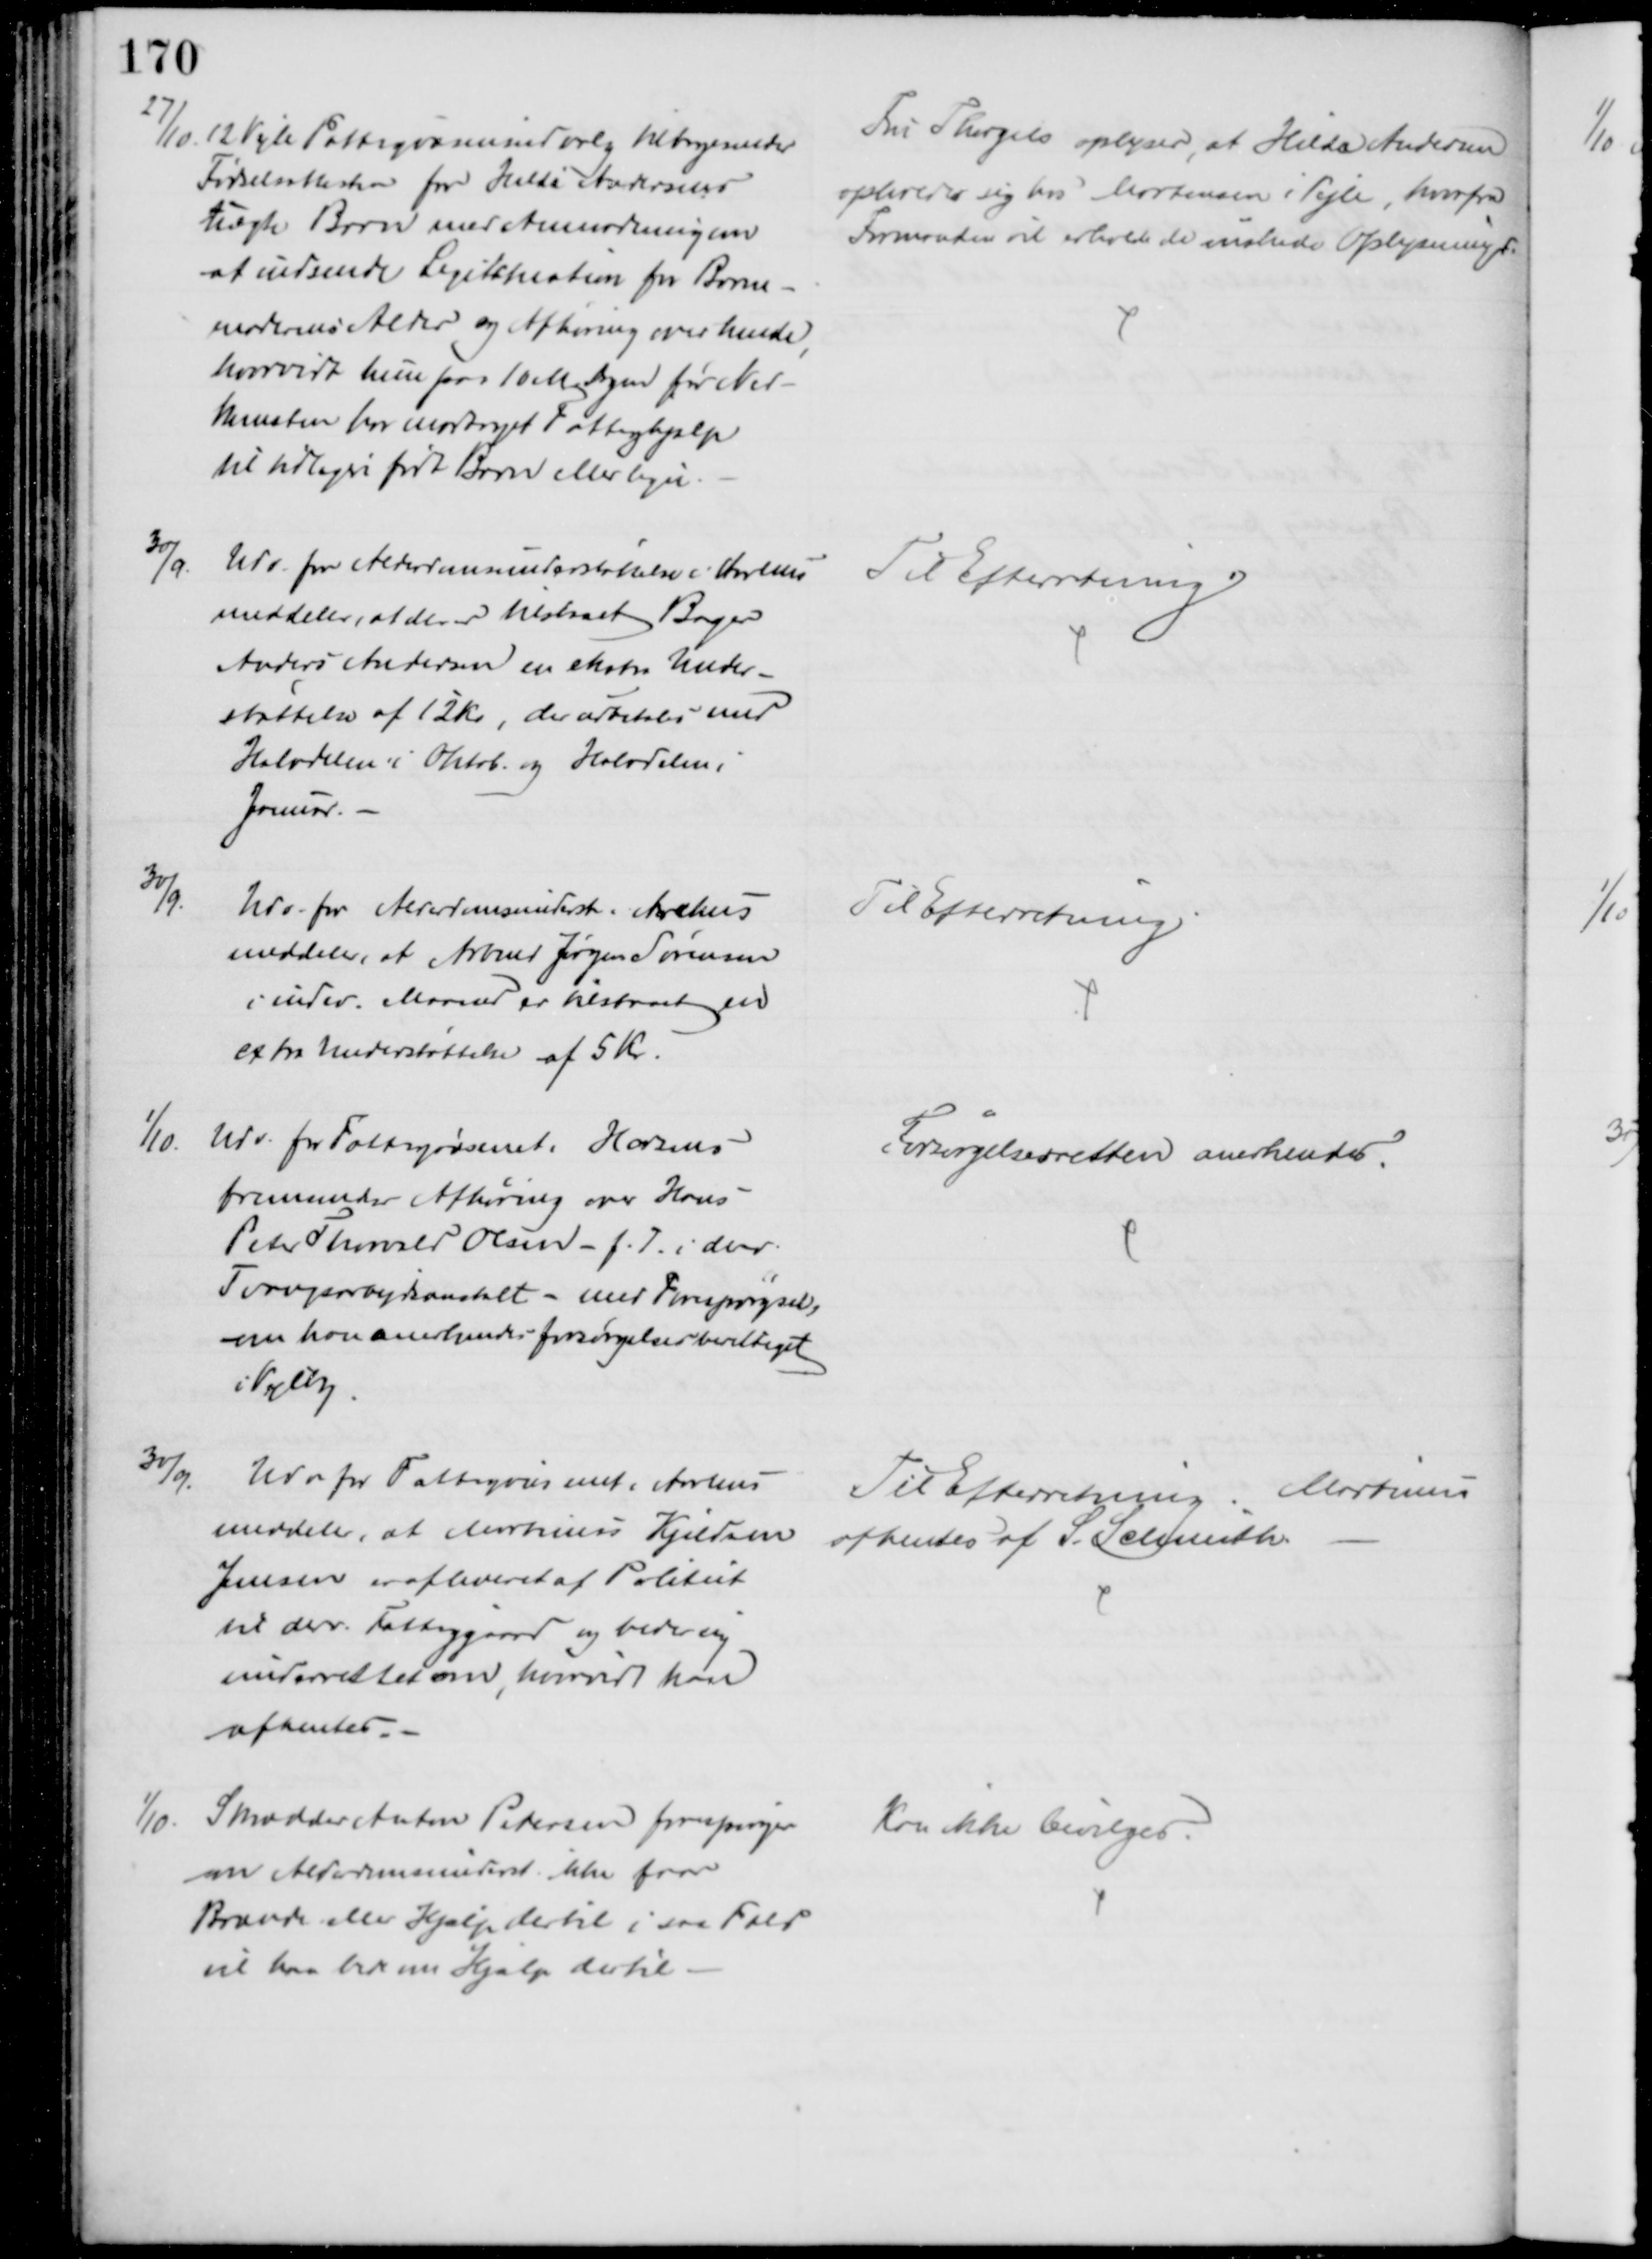
Transskription:
27/10 12 Vejle Fattigvæsensudvalg tilbagesender
Fødselsattesten for Hilda Andersens
uægte Barn med Anmodning om
at indsende Legitimation for Barne-
moderens Alder og Afhøring over hende
hvorvidt hun paa 10 M Dagen før Ned-
komsten har modtaget Fattighjælp
til tidligere født Barn eller lign.
Fru Thorgils oplyser, at Hilda Andersen
opholder sig hos Mortensen i Vejle, hvorfra
Formanden vil erholde de ønskede Oplysninger.
30/9.
Udv. for Alderdomsunderstøttelse i Aarhus
meddeler, at der er tilstaaet Bager
Anders Andersen en ekstra Under-
støttelse af 12 Kr, der udbetales med
Halvdelen i Oktob. og Halvdelen i
Januar.
Til Efterretning
30/9
Udv. for Alderdomsunderst. i Aarhus
meddeler, at Arbmd Jørgen Sørensen
i indev. Maaned er tilstaaet en
extra Understøttelse af 5 Kr.
Til Efterretning
1/10
Udv. for Fattigvæsenet, Horsens
fremsender Afhøring over Hans
Peter Thorvald Olsen - f.T. i derv.
Tvangsarbejdsanstalt - med Forespørgsel,
om han anerkendes forsørgelsesberettiget
i Vejlby
Forsørgelsesretten anerkendes.
30/9
Udv for Fattigvæsenet i Århus
meddeler, at Martinus Kjeldsen
Jensen er afleveret af Politiet
til derv. Fattiggaard og beder sig
underrettet om hvorvidt han
afhentes.
Til Efterretning. Martinus
afhentes af S. Schmith.
1/10.
Skrædder Anton Petersen forespørger
om Alderdomsunderst. ikke faar
Brænde eller Hjælp dertil i saa Fald
vil han bede om Hjælp dertil
Kan ikke bevilges.